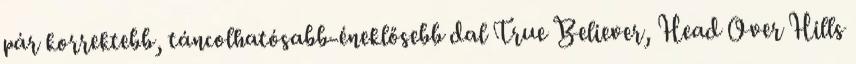
pár korrektebb, táncolhatósabb-éneklősebb dal True Believer, Head Over Hills